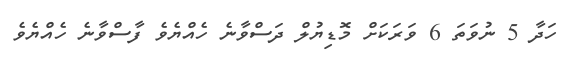
ހަދާ 5 ނުވަތަ 6 ވަރަކަށް މޮޑިޔުލް ދަސްވާނެ ހެއްޔެވެ ފާސްވާނެ ހެއްޔެވެ